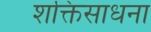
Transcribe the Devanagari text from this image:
शक्तिसाधना